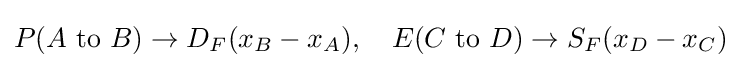
P(A{\text{ to }}B)\to D_{F}(x_{B}-x_{A}),\quad E(C{\text{ to }}D)\to S_{F}(x_{D}-x_{C})